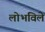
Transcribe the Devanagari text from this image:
लोभविले